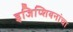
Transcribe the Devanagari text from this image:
इजिप्शियनांचा